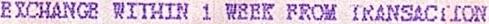
EXCHANGE WITHIN 1 WEEK FROM TRANSACTION